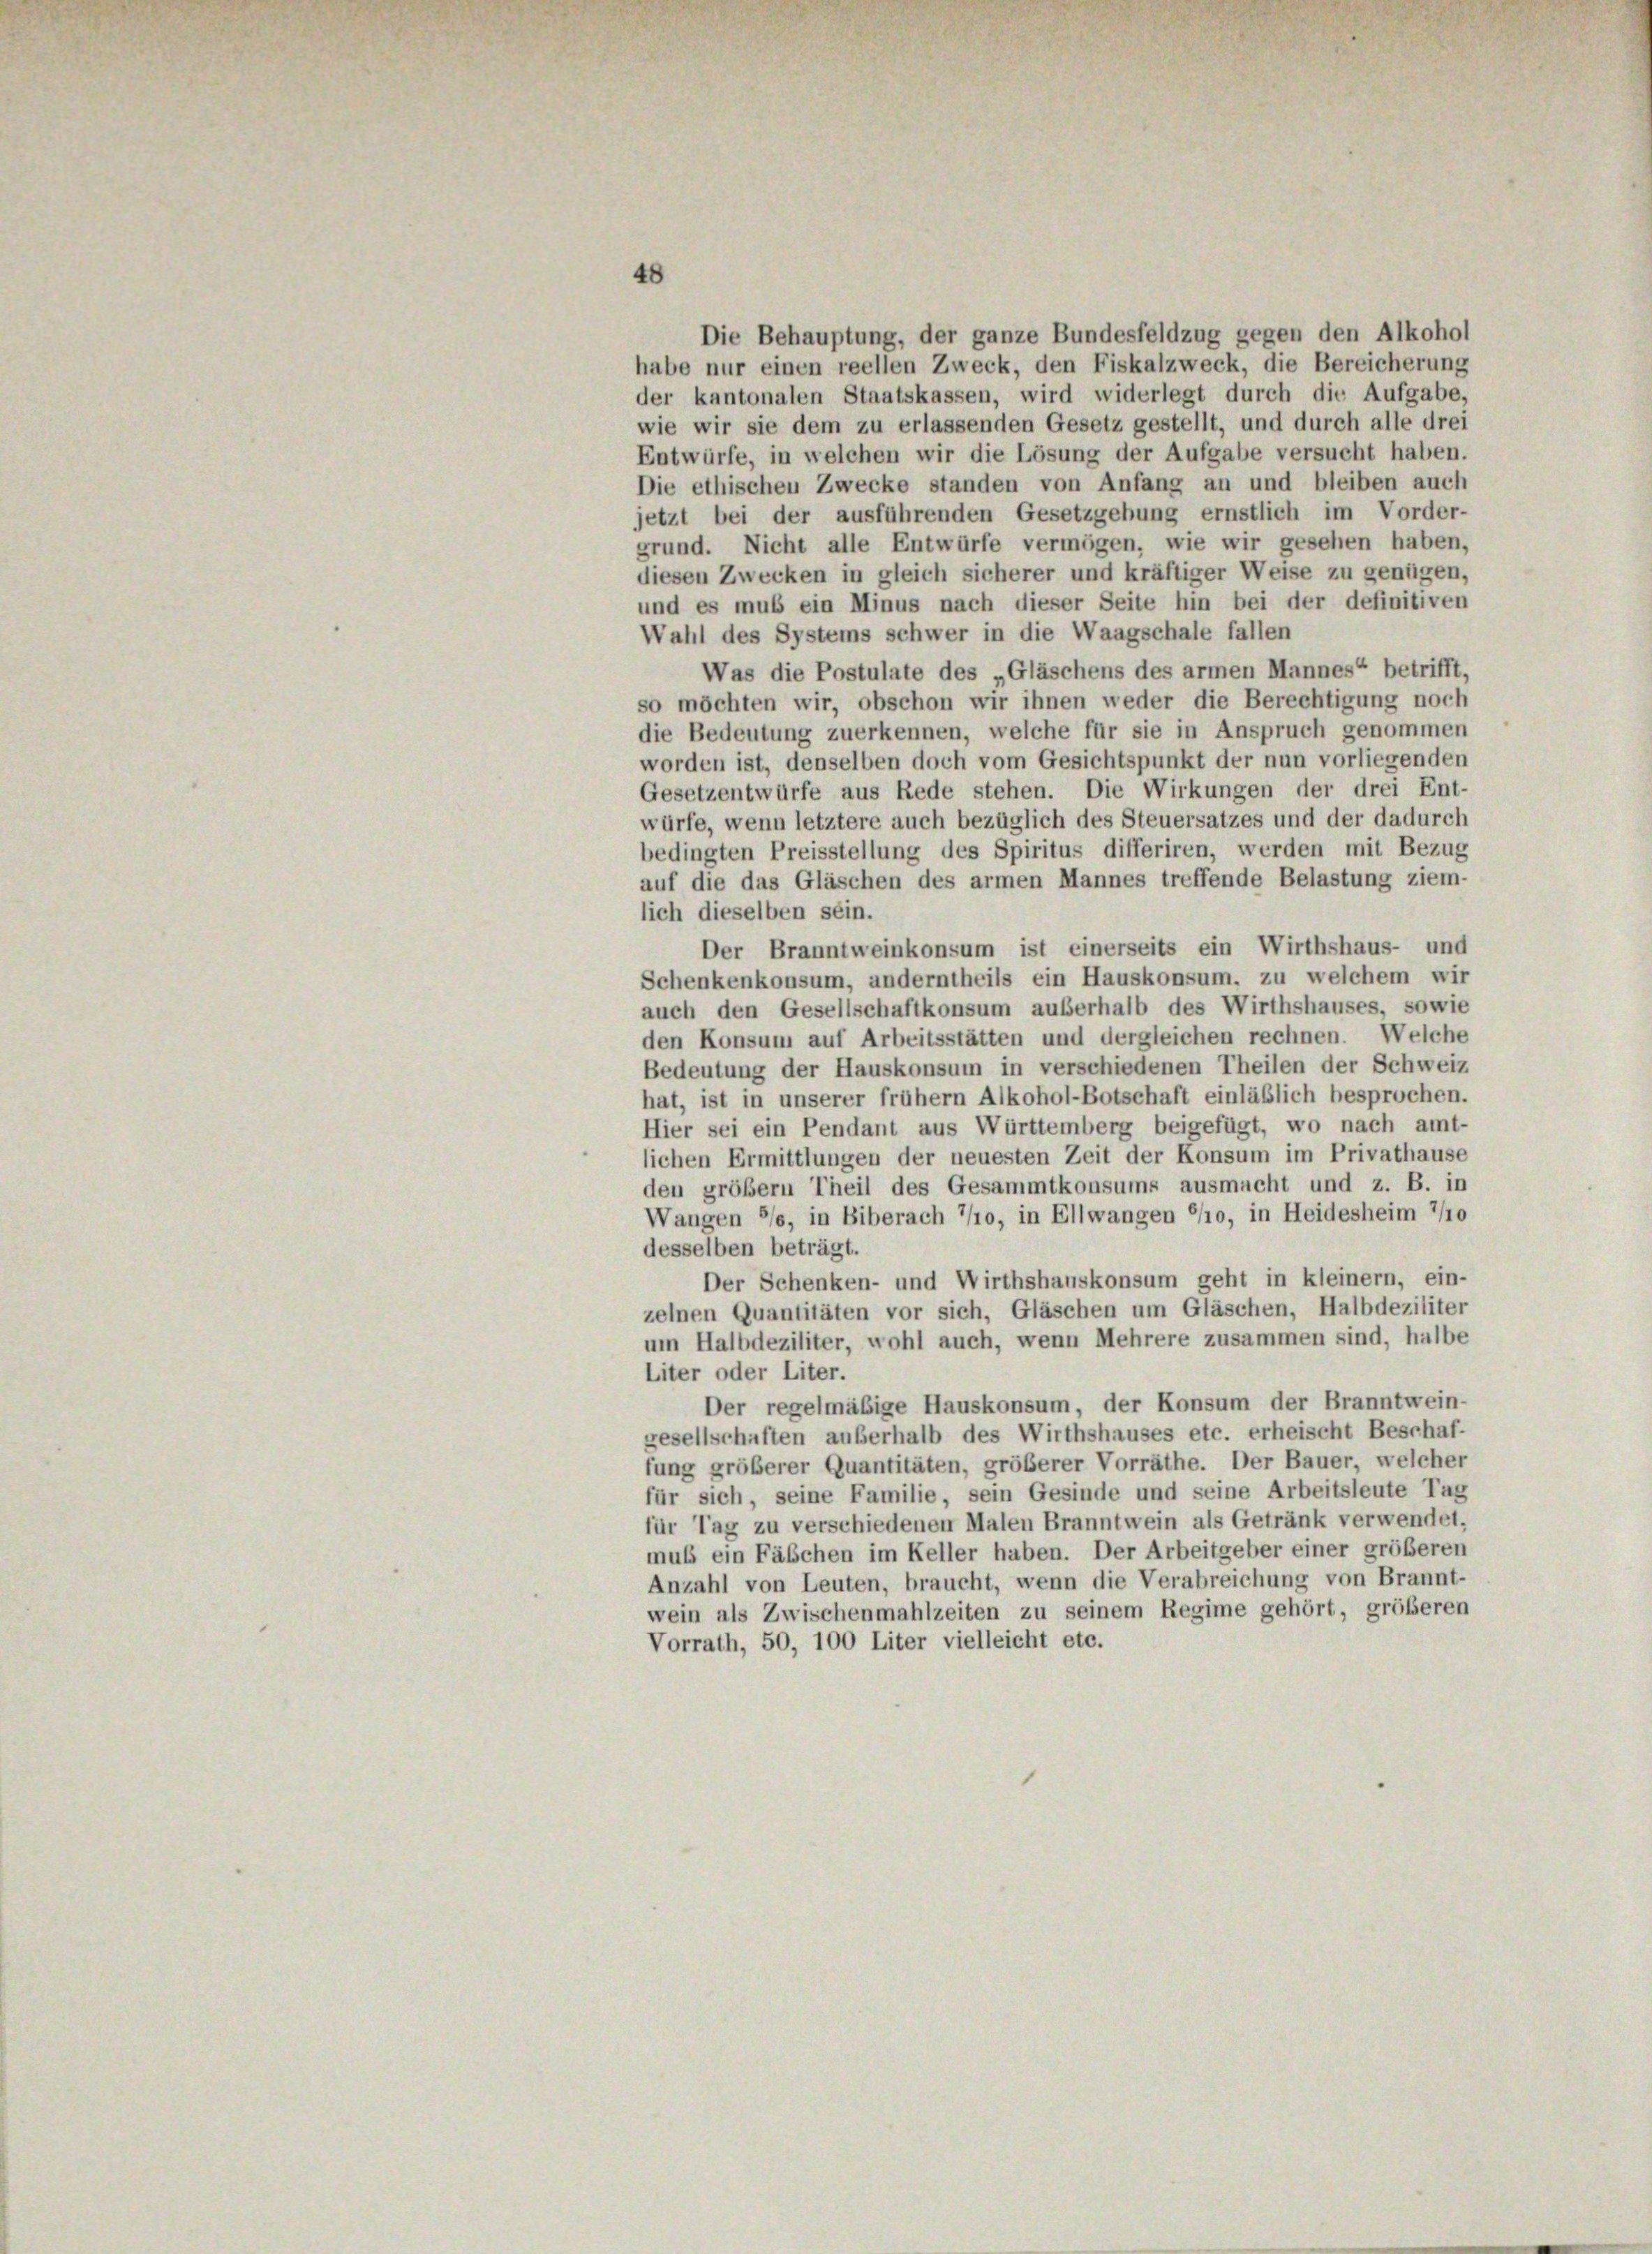
Die Behauptung, der ganze Bundesfeldzug gegen den Alkohol
habe nur einen reellen Zweck, den Fiskalzweck, die Bereicherung
der kantonalen Staatskassen, wird widerlegt durch die Aufgabe,
wie wir sie dem zu erlassenden Gesetz gestellt, und durch alle drei
Entwürfe, in welchen wir die Lösung der Aufgabe versucht haben.
Die ethischen Zwecke standen von Anfang an und bleiben auch
jetzt bei der ausführenden Gesetzgebung ernstlich im Vorder-
grund. Nicht alle Entwürfe vermögen, wie wir gesehen haben,
diesen Zwecken in gleich sicherer und kräftiger Weise zu genügen,
und es muß ein Minus nach dieser Seite hin bei der definitiven
Wahl des Systems schwer in die Waagschale fallen
Was die Postulate des „Gläschens des armen Mannes“ betrifft,
so möchten wir, obschon wir ihnen weder die Berechtigung noch
die Bedeutung zuerkennen, welche für sie in Anspruch genommen
worden ist, denselben doch vom Gesichtspunkt der nun vorliegenden
Gesetzentwürfe aus Rede stehen. Die Wirkungen der drei Ent-
würfe, wenn letztere auch bezüglich des Steuersatzes und der dadurch
bedingten Preisstellung des Spiritus differiren, werden mit Bezug
auf die das Gläschen des armen Mannes treffende Belastung ziem-
lich dieselben sein.
Der Branntweinkonsum ist einerseits ein Wirthshaus- und
Schenkenkonsum, anderntheils ein Hauskonsum, zu welchem wir
auch den Gesellschaftkonsum außerhalb des Wirthshauses, sowie
den Konsum auf Arbeitsstätten und dergleichen rechnen. Welche
Bedeutung der Hauskonsum in verschiedenen Theilen der Schweiz
hat, ist in unserer frühem Alkohol-Botschaft einläßlich besprochen.
Hier sei ein Pendant aus Württemberg beigefügt, wo nach amt-
lichen Ermittlungen der neuesten Zeit der Konsum im Privathause
den größer Theil des Gesammtkonsums ausmacht und z. B. in
Wangen */s, in Biberach 7/10, in Ellwangen 6/10, in Heidesheim 7/10
desselben beträgt.
Der Schenken- und Wirthshauskonsum geht in kleinern, ein-
zelnen Quantitäten vor sich, Gläschen um Gläschen, Halbdeziliter
um Halbdeziliter, wohl auch, wenn Mehrere zusammen sind, halbe
Liter oder Liter.
Der regelmäßige Hauskonsum, der Konsum der Branntwein-
gesellschaften außerhalb des Wirthshauses etc. erheischt Beschaf-
fung größerer Quantitäten, größerer Vorräthe. Der Bauer, welcher
für sich, seine Familie, sein Gesinde und seine Arbeitsleute Tag
für Tag zu verschiedenen Malen Branntwein als Getränk verwendet,
muß ein Fäschen im Keller haben. Der Arbeitgeber einer größeren
Anzahl von Leuten, braucht, wenn die Verabreichung von Brannt-
wein als Zwischenmahlzeiten zu seinem Regime gehört, größeren
Vorrath, 50, 100 Liter vielleicht etc.